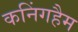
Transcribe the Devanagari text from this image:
कनिंगहैम